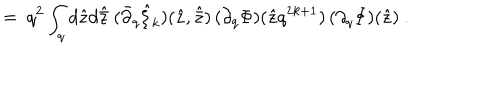
\ = \ q ^ { 2 } \int _ { q } d { \hat { z } } d { \hat { \bar { z } } } \ ( { \bar { \partial } } _ { q } { \hat { \xi } } _ { k } ) ( { \hat { z } } , { \hat { \bar { z } } } ) \, ( \partial _ { q } \Phi ) ( { \hat { z } } q ^ { 2 k + 1 } ) \, ( \partial _ { q } \Phi ) ( { \hat { z } } ) \ .